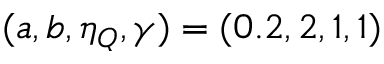
( a , b , \eta _ { Q } , \gamma ) = ( 0 . 2 , 2 , 1 , 1 )